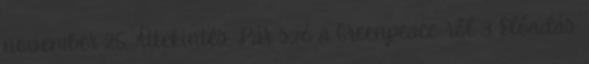
november 25. Áttekintés: Pár szó a Greenpeace-ről 3. Előadás: